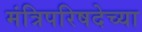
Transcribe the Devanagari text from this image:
मंत्रिपरिषदेच्या